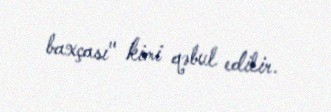
baxçası" kimi qəbul edilir.